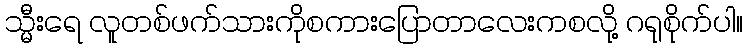
သ္မီးရေ လူတစ်ဖက်သားကိုစကားပြောတာလေးကစလို့ ဂရုစိုက်ပါ။